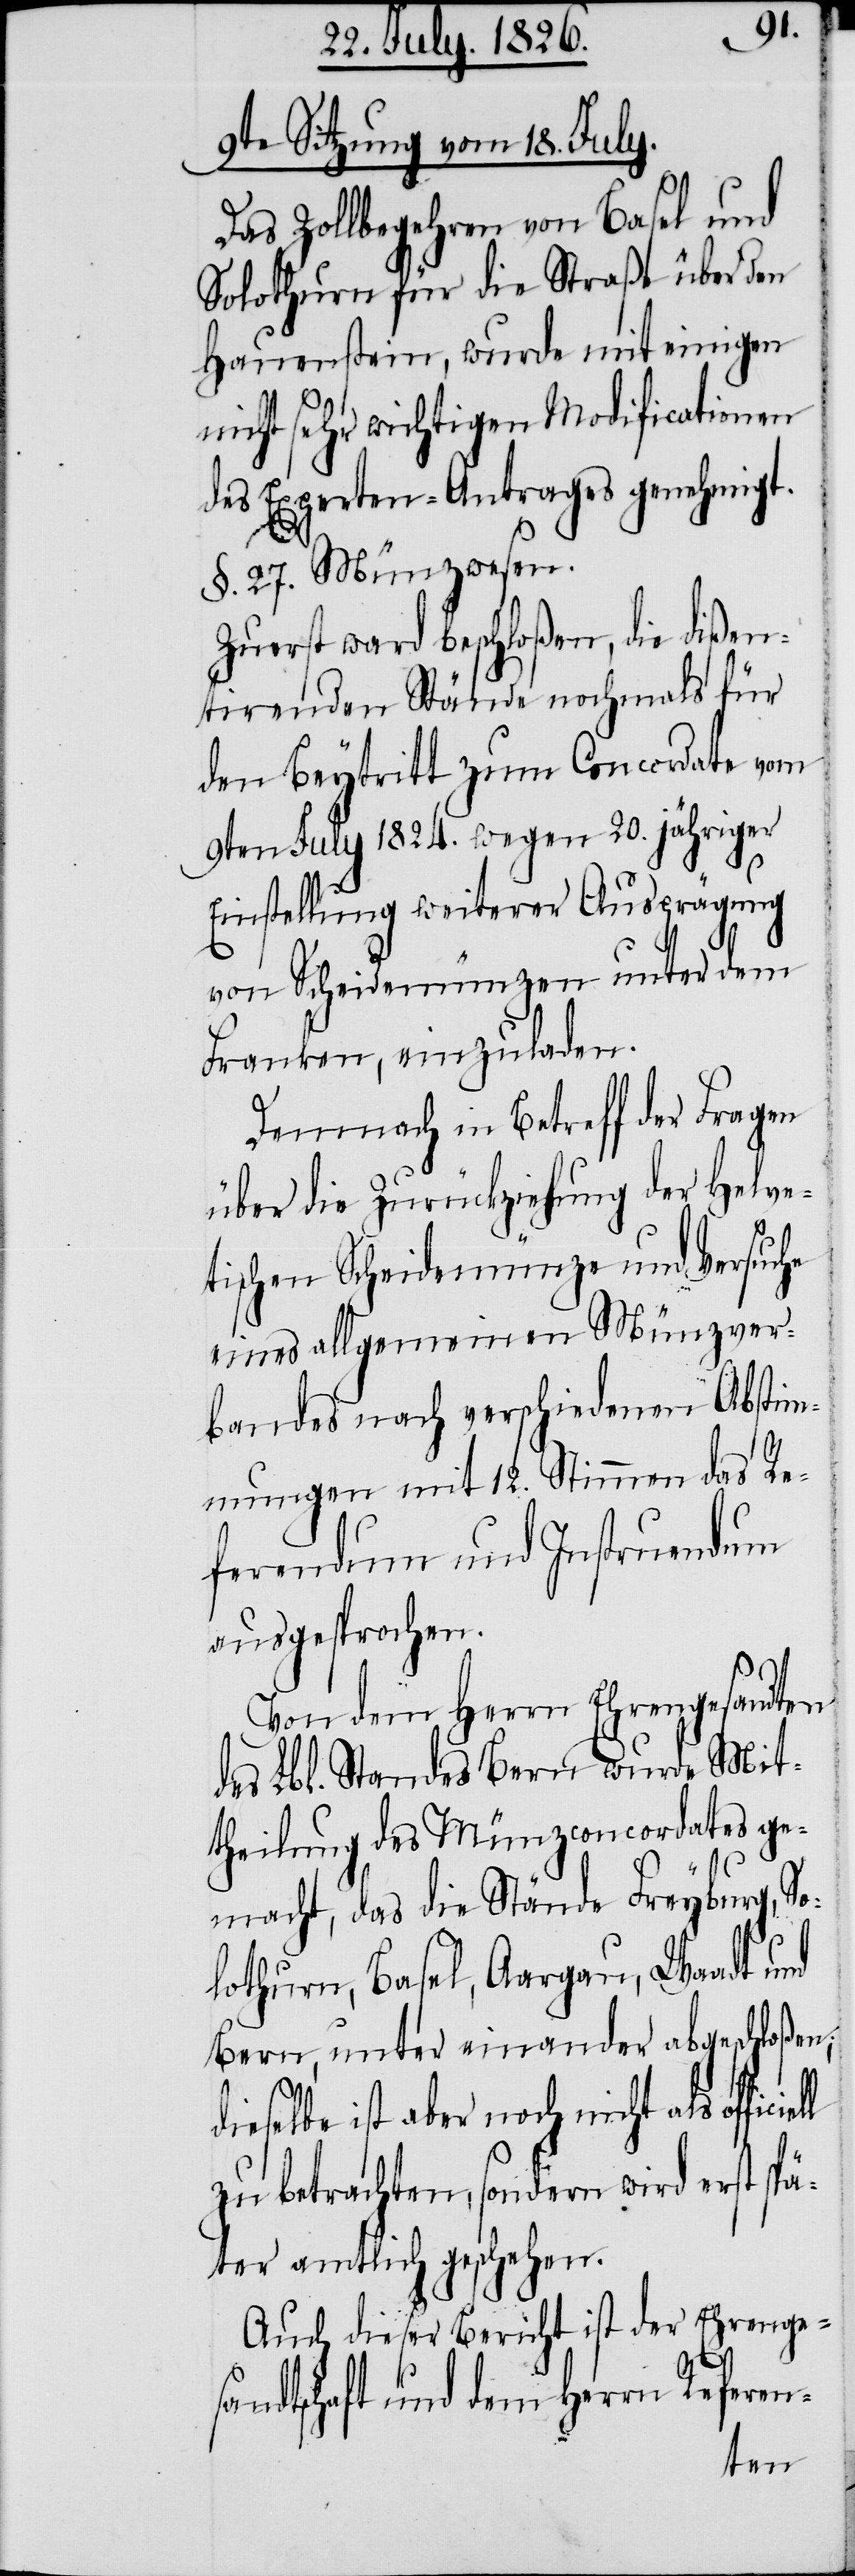
9te Sitzung vom 18. July.
Das Zollbegehren von Basel und
Solothurn für die Straße über den
Hauenstein, wurde mit einigen
nicht sehr wichtigen Modificationen
des Experten-Antrages genehmigt.
§. 27. Münzwesen.
Zuerst ward beschloßen, die dißen¬
tirenden Stände nochmals für
den Beytritt zum Concordate vom
9ten July 1824. wegen 20. jähriger
ll
Einstellung weiterer Ausprägung
von Scheidemünzen unter dem
Franken, einzuladen.
Demnach in Betreff der Fragen
über die Zurückziehung der Helve¬
tischen Scheidemünze und Versuche
eines allgemeinen Münzver¬
bandes nach verschiedenen Abstim¬
mungen mit 12. Stimmen das Re¬
ferendum und Instruendum
ausgesprochen.
Von dem Herrn Ehrengesandten
des Lbl. Standes Bern wurde Mit¬
theilung des Münzconcordates ge¬
macht, das die Stände Freyburg, So¬
lothurn, Basel, Aargau, Waadt und
Bern, unter einander abgeschloßen;
dieselbe ist aber noch nicht als officie¬
zu betrachten, sondern wird erst spä¬
ter amtlich geschehen.
Auch dieser Bericht ist der Ehrenges¬
andtschaft und dem Herrn Referen-